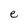
Character: e